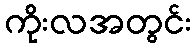
ကိုးလအတွင်း